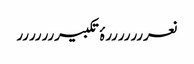
نعرررررررۂ تکبیررررررر